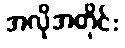
အလိုအတိုင်း